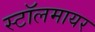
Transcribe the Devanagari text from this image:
स्टॉलमायर